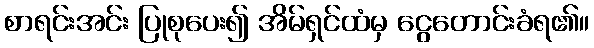
စာရင်းအင်း ပြုစုပေး၍ အိမ်ရှင်ထံမှ ငွေတောင်းခံရ၏။